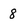
Character: 8